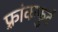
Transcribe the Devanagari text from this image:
फ़्रांकफुर्ट